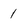
Character: 1